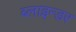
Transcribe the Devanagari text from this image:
ब्लाइन्डर